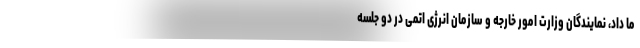
ما داد، نمایندگان وزارت امور خارجه و سازمان انرژی اتمی در دو جلسه